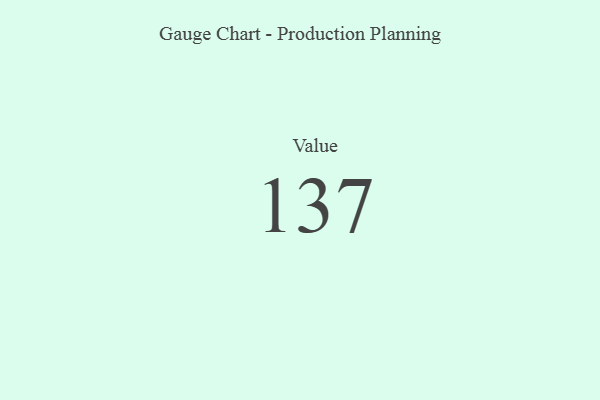
{"axis": {"x": "Metric", "y": "Value"}, "legend": [""], "data": [{"x": "Value", "y": 137, "type": ""}]}